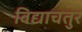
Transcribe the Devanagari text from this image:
विद्याचतुर